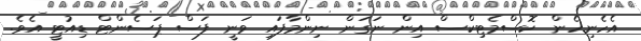
އެހެނިހެން ކޮސްމެޓިކްސް އިން ނަގަން ނިންމާފައި ވަނީ ފަސް ޕަސެންޓް ޑިއުޓީ އެވެ.